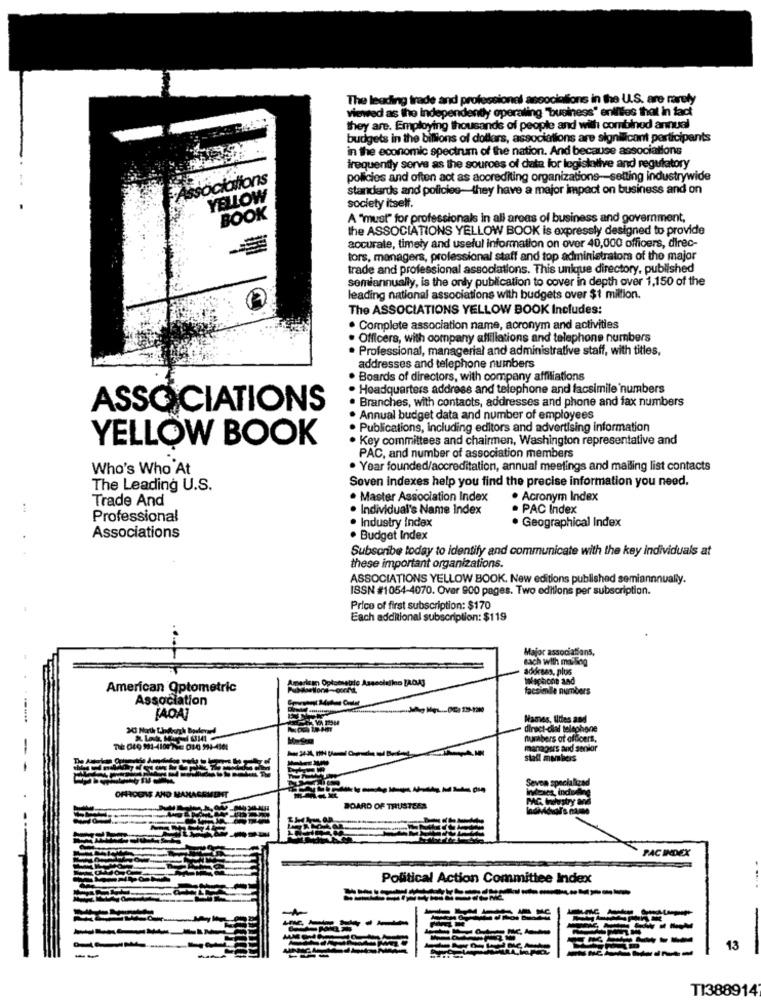
The leading trade and professionel associations in the U.S. are rarely
viewed as the Independenty operaling "business" enilles that in fact
they are. Employing thousands of people and with conbilnod annual
budgets in the billions of dollars, associations are significant participants
in the economic spectrum of the nation. And because associations
irequently serve as the sources of data for legislative and regulatory
Associations
policies and often act as acorediting organizations-setting industrywide
standards and policies-they have a major impact on business and on
YELLOW
BOOK
society itself.
A "must" for professionals in all areas of business and government,
the ASSOCIATIONS YELLOW BOOK is expressly designed to provide
accurate, timely and useful information on over 40,000 officers, direc-
tors, managers, professional staff and top administrators of the major
trade and professional associations. This unique directory, published
semiannually, is the only publication to cover in depth over 1,150 of the
leading national associations with budgets over $1 million.
The ASSOCIATIONS YELLOW BOOK Includes:
. Complete association name, acronym and activities
Officers, with company affiliations and telephone numbers
· Professional, managerial and administrative staff, with titles,
addresses and telephone numbers
Boards of directors, with company affiliations
· Headquarters address and telephone and facsimile'numbers
Branches, with contacts, addresses and phone and fax numbers
ASSOCIATIONS
· Annual budget data and number of employees
. Publications, including editors and advertising information
· Key committees and chairmen, Washington representative and
YELLOW BOOK
PAC, and number of association members
Who's Who At
· Year founded/accreditation, annual meetings and mailing list contacts
Seven indexes help you find the precise information you need.
The Leading U.S.
Trade And
· Master Association Index
. Acronym Index
. Individual's Name Index
. PAC Index
Professional
. Industry Index
· Geographical Index
Associations
. Budget Index
Subscribe today to identify and communicate with the key individuals at
these important organizations.
ASSOCIATIONS YELLOW BOOK. New editions published semiannually.
ISSN #1054-4070. Over 900 pages. Two editions per subscription.
Price of first subscription: $170
Each additional subscription: $119
Major associations,
sach with mailing
address, plus
American Optometric
facsimile numbers
Association
[AOA]
Hames, Utles and
direct-dial telephon
nurabers of officer
managers and senk
stall members
Seven specia
-------
OFFICERS AND MANAGE
BOARD OF TRUSTEES
PAC INDEX
Political Action Committee Index
-
--
---
13
TI388914